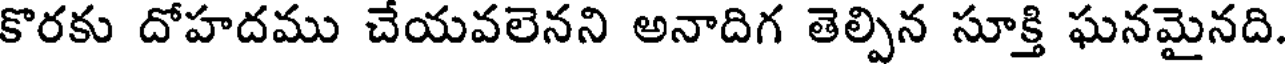
కొరకు దోహదము చేయవలెనని అనాదిగ తెల్పిన సూక్తి ఘనమైనది